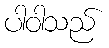
ပါဝါသည်